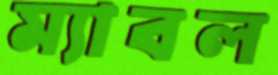
ম্যাবল